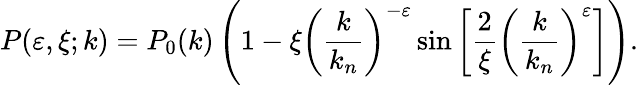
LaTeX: P(\varepsilon,\xi;k)=P_{0}(k)\left(1-\xi\left({\frac{k}{k_{n}}}\right)^{-\varepsilon}\sin\left[{\frac{2}{\xi}}\left({\frac{k}{k_{n}}}\right)^{\varepsilon}\right]\right).